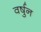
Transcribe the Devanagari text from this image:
वर्षुन